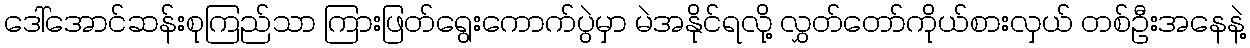
ဒေါ်အောင်ဆန်းစုကြည်သာ ကြားဖြတ်ရွေးကောက်ပွဲမှာ မဲအနိုင်ရလို့ လွှတ်တော်ကိုယ်စားလှယ် တစ်ဦးအနေနဲ့